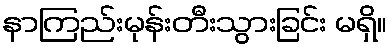
နာကြည်းမုန်းတီးသွားခြင်း မရှိ။